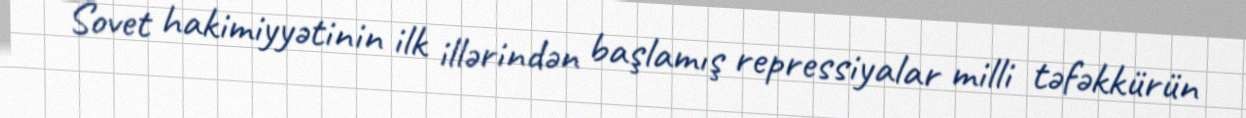
Sovet hakimiyyətinin ilk illərindən başlamış repressiyalar milli təfəkkürün